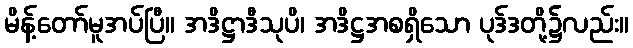
မိန့်တော်မူအပ်ပြီ။ အဒိဋ္ဌာဒီသုပိ၊ အဒိဋ္ဌအစရှိသော ပုဒ်ဒတို့၌လည်း။